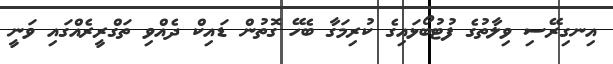
އިނގިރޭސި ވިލާތުގެ ފުޓުބޯޅައިގެ ކުރިމަގާ ބެހޭ ގޮތުން ޑައިކް ދެއްވި ތަގްރީރެއްގައި ވަނީ